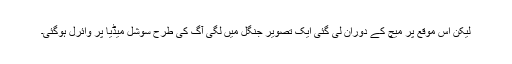
لیکن اس موقع پر میچ کے دوران لی گئی ایک تصویر جنگل میں لگی آگ کی طرح سوشل میڈیا پر وائرل ہوگئی۔